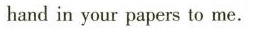
hand in your papers to me.